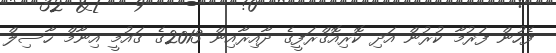
ފެހުން ފަރުމާ ކުރުން އަދި ކޮރިއޮގްރަފީގެ ދާއިރާއިން 2013ގެ ގައުމީ އިނާމް ހާސިލް